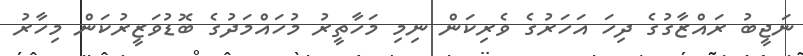
ނަޖީބު ރައްޒާގުގެ ދިހަ އަހަރުގެ ވެރިކަން ނިމި މަހާތީރު މުހައްމަދުގެ ބޮޑުވަޒީރުކަން މިހާރު